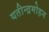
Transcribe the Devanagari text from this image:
यतीन्द्रमोहन